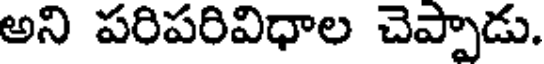
అని పరిపరివిధాల చెప్పాడు.